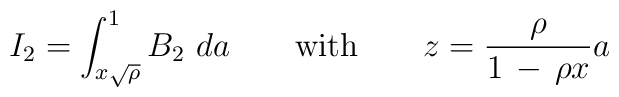
I_2=\int_{x \sqrt{\rho}}^1 B_2\  da \qquad\mathrm{with}\qquad{\displaystyle z={\rho \over 1\, -\, \rho x} a }